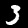
Label: 3